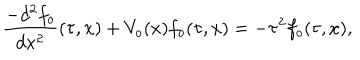
\frac { - d ^ { 2 } f _ { o } } { d x ^ { 2 } } ( \tau , x ) + V _ { o } ( x ) f _ { o } ( \tau , x ) = - \tau ^ { 2 } f _ { o } ( \tau , x ) ,